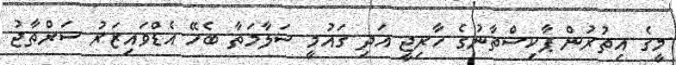
މީގެ އިތުރުން ޕާކިސްތާނުގެ ހާރިޖީ އަދި ގައުމީ ސަލާމަތާ ބެހޭ އެޑްވައިޒަރު ސަރްތާޖު